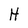
Character: H